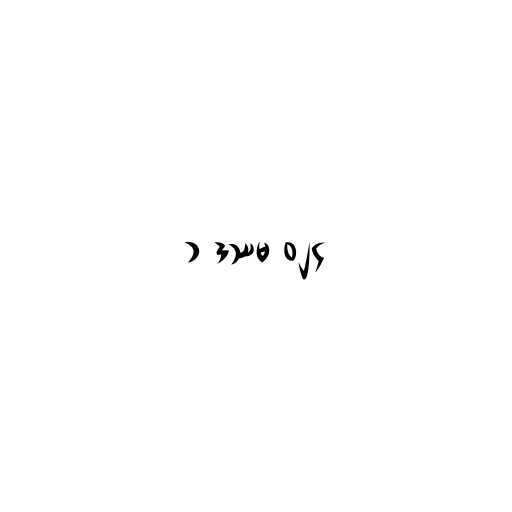
၁ ဒဿမ ၀၂၄